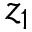
z _ { 1 }